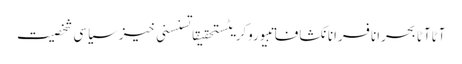
آٹاآٹا بحرانافسرانانکشافاتبیوروکریٹستحقیقاتسنسنی خیزسیاسی شخصیت